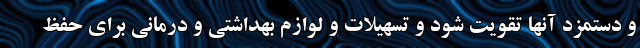
و دستمزد آنها تقویت شود و تسهیلات و لوازم بهداشتی و درمانی برای حفظ